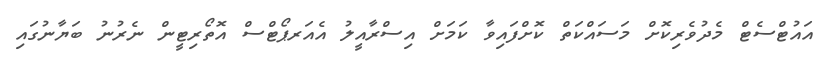
އައުޓްސެޓް މެދުވެރިކޮށް މަސައްކަތް ކޮށްފައިވާ ކަމަށް އިސްރާއީލު އެއަރޕޯޓްސް އޮތޯރިޓީން ނެރުނު ބަޔާނުގައި